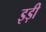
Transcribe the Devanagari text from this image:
इड़ी